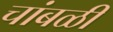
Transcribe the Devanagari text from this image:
चांबळी